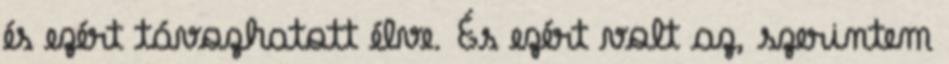
és ezért távozhatott élve. És ezért volt az, szerintem